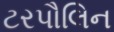
ટરપૌલિન